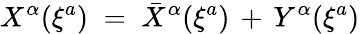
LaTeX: X^{\alpha}(\xi^{a})\; =\; {\bar{X}}^{\alpha}(\xi^{a})\, +\, Y^{\alpha}(\xi^{a})